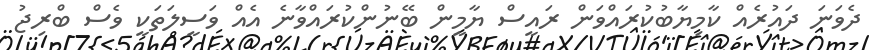
ދެވަނަ ދައުރެއް ކާމިޔާބުކުރައްވަން ރައީސް ޔާމީން ބޭނުންކުރައްވާނެ އެއް ވަސީލަތަކީ ވެސް ބްރިޖު